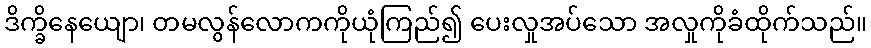
ဒိက္ခိနေယျော၊ တမလွန်လောကကိုယုံကြည်၍ ပေးလှုအပ်သော အလှုကိုခံထိုက်သည်။